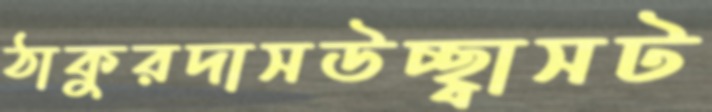
ঠাকুরদাসউচ্ছ্বাসট